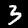
Digit: 3